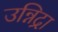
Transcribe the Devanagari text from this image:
उन्निद्रा